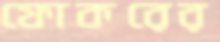
ফোকরের